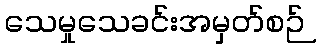
သေမှုသေခင်းအမှတ်စဉ်